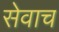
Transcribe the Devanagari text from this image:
सेवाच